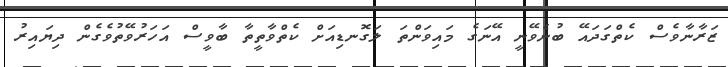
ޒަރާނާވެސް ކެތްގަދައޭ ބުނެވޭނީ އޭނަގެ މައިވަންތަ ލަގޮނޑިއަށް ކެތްވާތީތާ ބާވީސް އަހަރުވޭތުވެގެން ދިޔައިރު